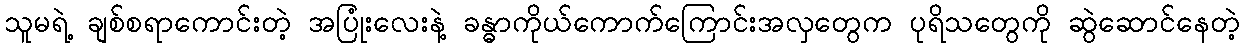
သူမရဲ့ ချစ်စရာကောင်းတဲ့ အပြုံးလေးနဲ့ ခန္ဓာကိုယ်ကောက်ကြောင်းအလှတွေက ပုရိသတွေကို ဆွဲဆောင်နေတဲ့